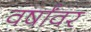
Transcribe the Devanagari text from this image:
वर्षांवर